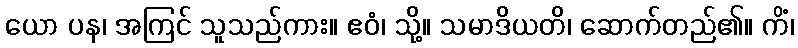
ယော ပန၊ အကြင် သူသည်ကား။ ဧဝံ၊ သို့။ သမာဒိယတိ၊ ဆောက်တည်၏။ ကိံ၊